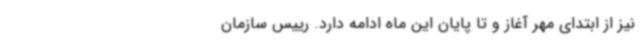
نیز از ابتدای مهر آغاز و تا پایان این ماه ادامه دارد. رییس سازمان